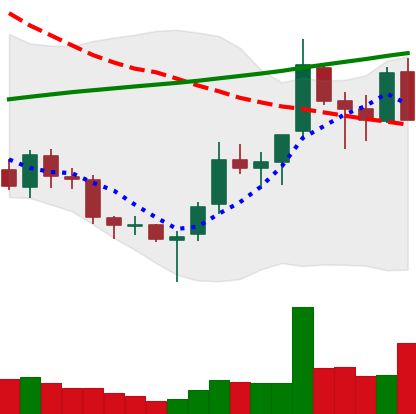
Ticker: TRX-USD
Chart end date: 2018-03-29
Forward return: -19.071%
Label: down_7plus